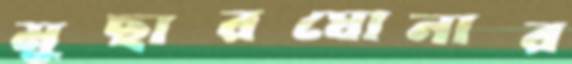
মুছারঘোনার